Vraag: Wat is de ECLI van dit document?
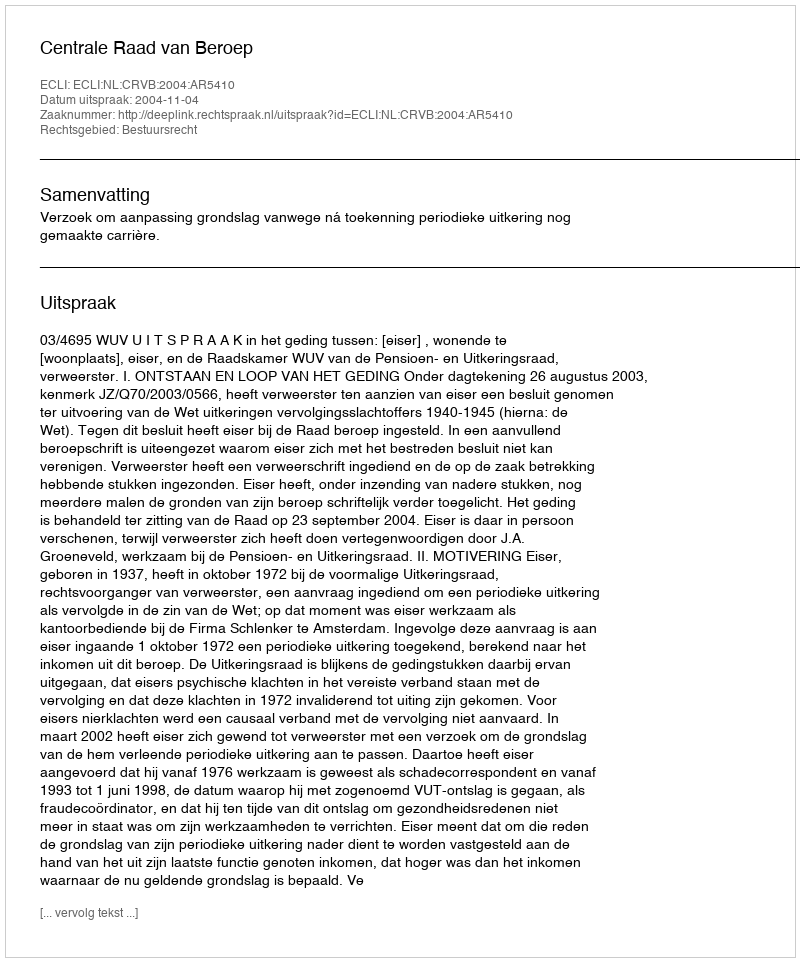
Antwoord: ECLI:NL:CRVB:2004:AR5410